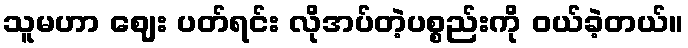
သူမဟာ ဈေး ပတ်ရင်း လိုအပ်တဲ့ပစ္စည်းကို ဝယ်ခဲ့တယ်။